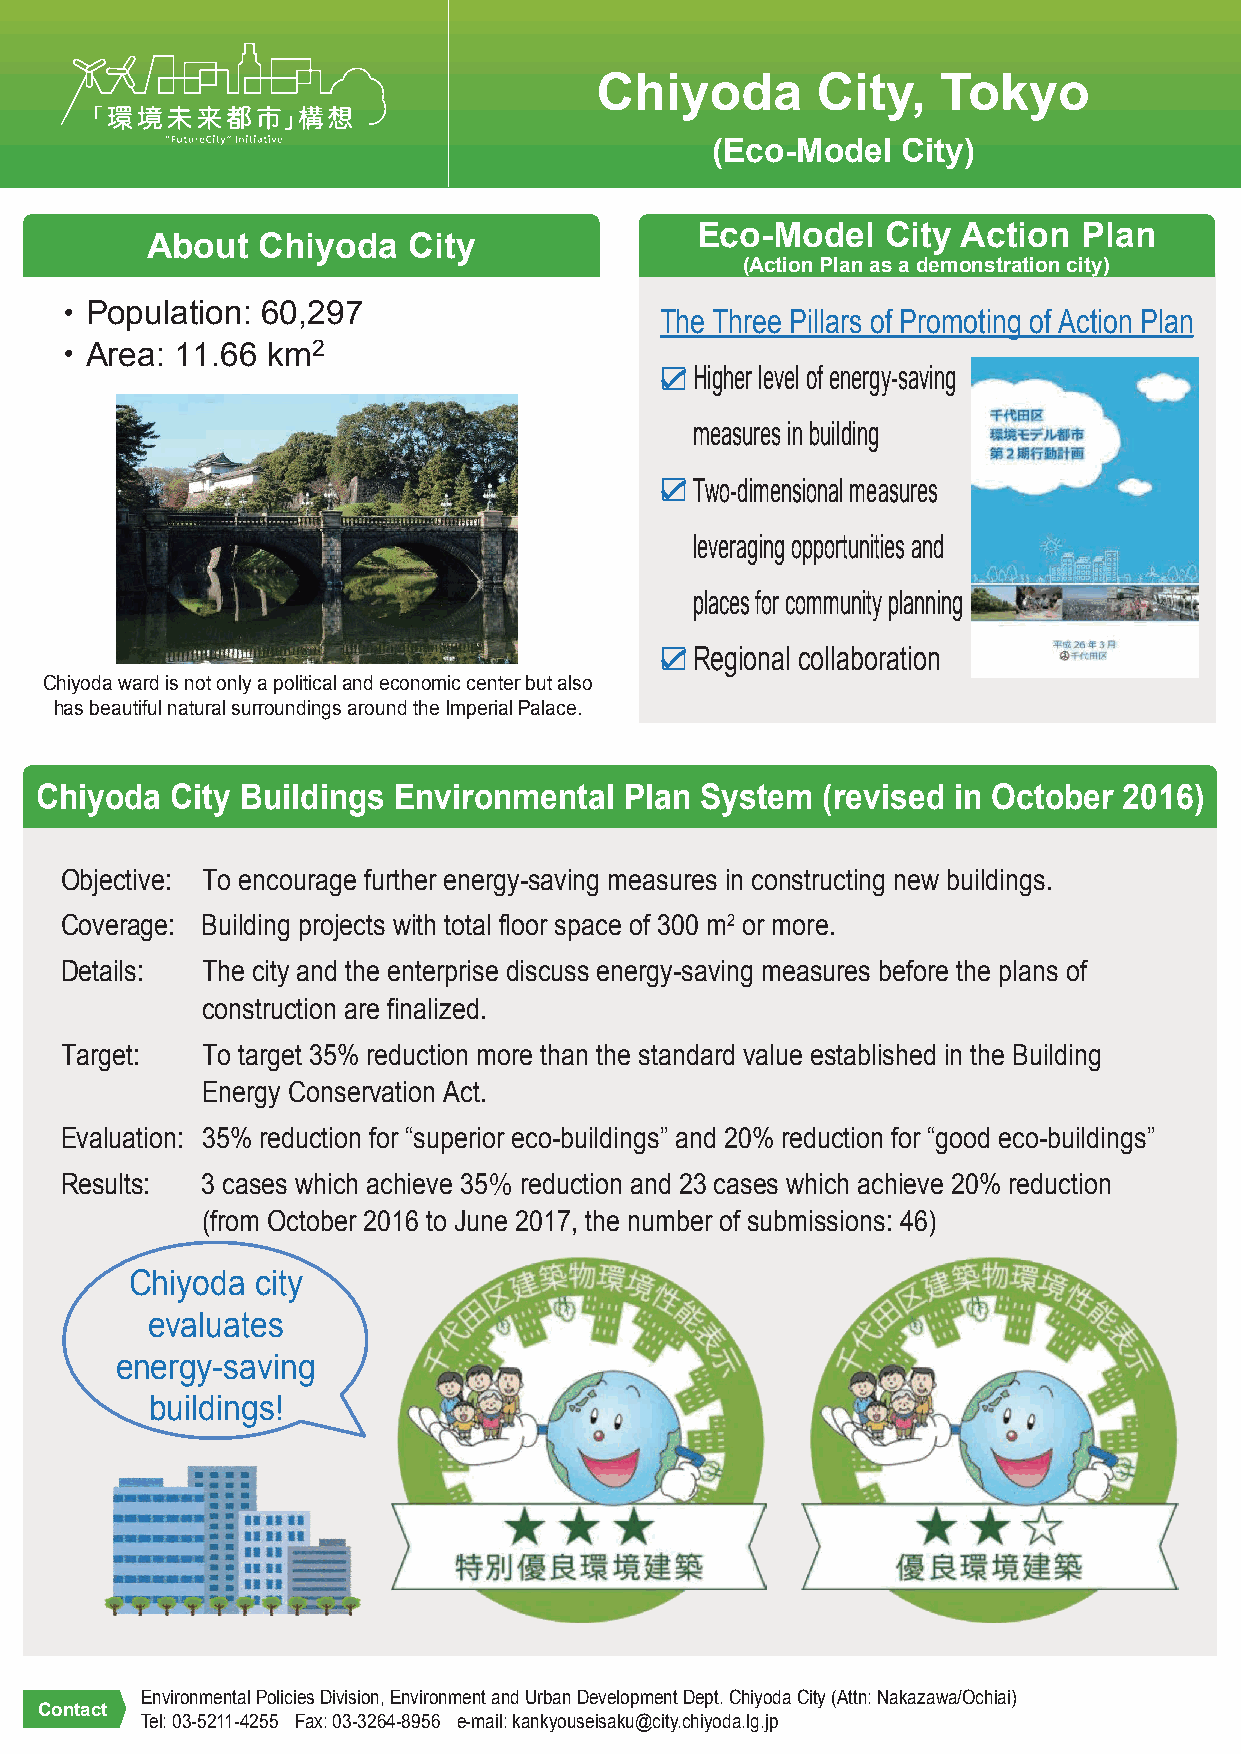
Chiyoda        City,   Tokyo
 (Eco-Model   City)
 Eco-Model    City Action  Plan
 About  Chiyoda   City
 (Action Plan as a demonstration city)
 ・Population:  60,297
 The Three Pillars of Promoting of Action Plan
 ・Area:   11.66 km2
 Higher level of energy-saving
 measures in building
 Two-dimensional measures
 leveraging opportunities and
 places for community planning
 Regional collaboration
 Chiyoda ward is not only a political and economic center but also
 has beautiful natural surroundings around the Imperial Palace.
 Chiyoda  City Buildings Environmental  Plan System  (revised in October 2016)
 Objective: To encourage further energy-saving measures in constructing new buildings.
 Coverage: Building projects with total floor space of 300 m2 or more.
 Details: The city and the enterprise discuss energy-saving measures before the plans of
 construction are finalized.
 Target:  To target 35% reduction more than the standard value established in the Building
 Energy Conservation Act.
 Evaluation: 35% reduction for “superior eco-buildings” and 20% reduction for “good eco-buildings”
 Results: 3 cases which achieve 35％ reduction and 23 cases which achieve 20% reduction
 (from October 2016 to June 2017, the number of submissions: 46)
 Chiyoda city
 evaluates
 energy-saving
 buildings!
 Environmental Policies Division, Environment and Urban Development Dept. Chiyoda City (Attn: Nakazawa/Ochiai)
 Contact
 Tel: 03-5211-4255 Fax: 03-3264-8956 e-mail: kankyouseisaku@city.chiyoda.lg.jp